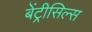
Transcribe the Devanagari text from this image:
बेंट्रीसिल्स